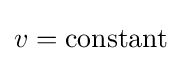
v={\text{constant}}